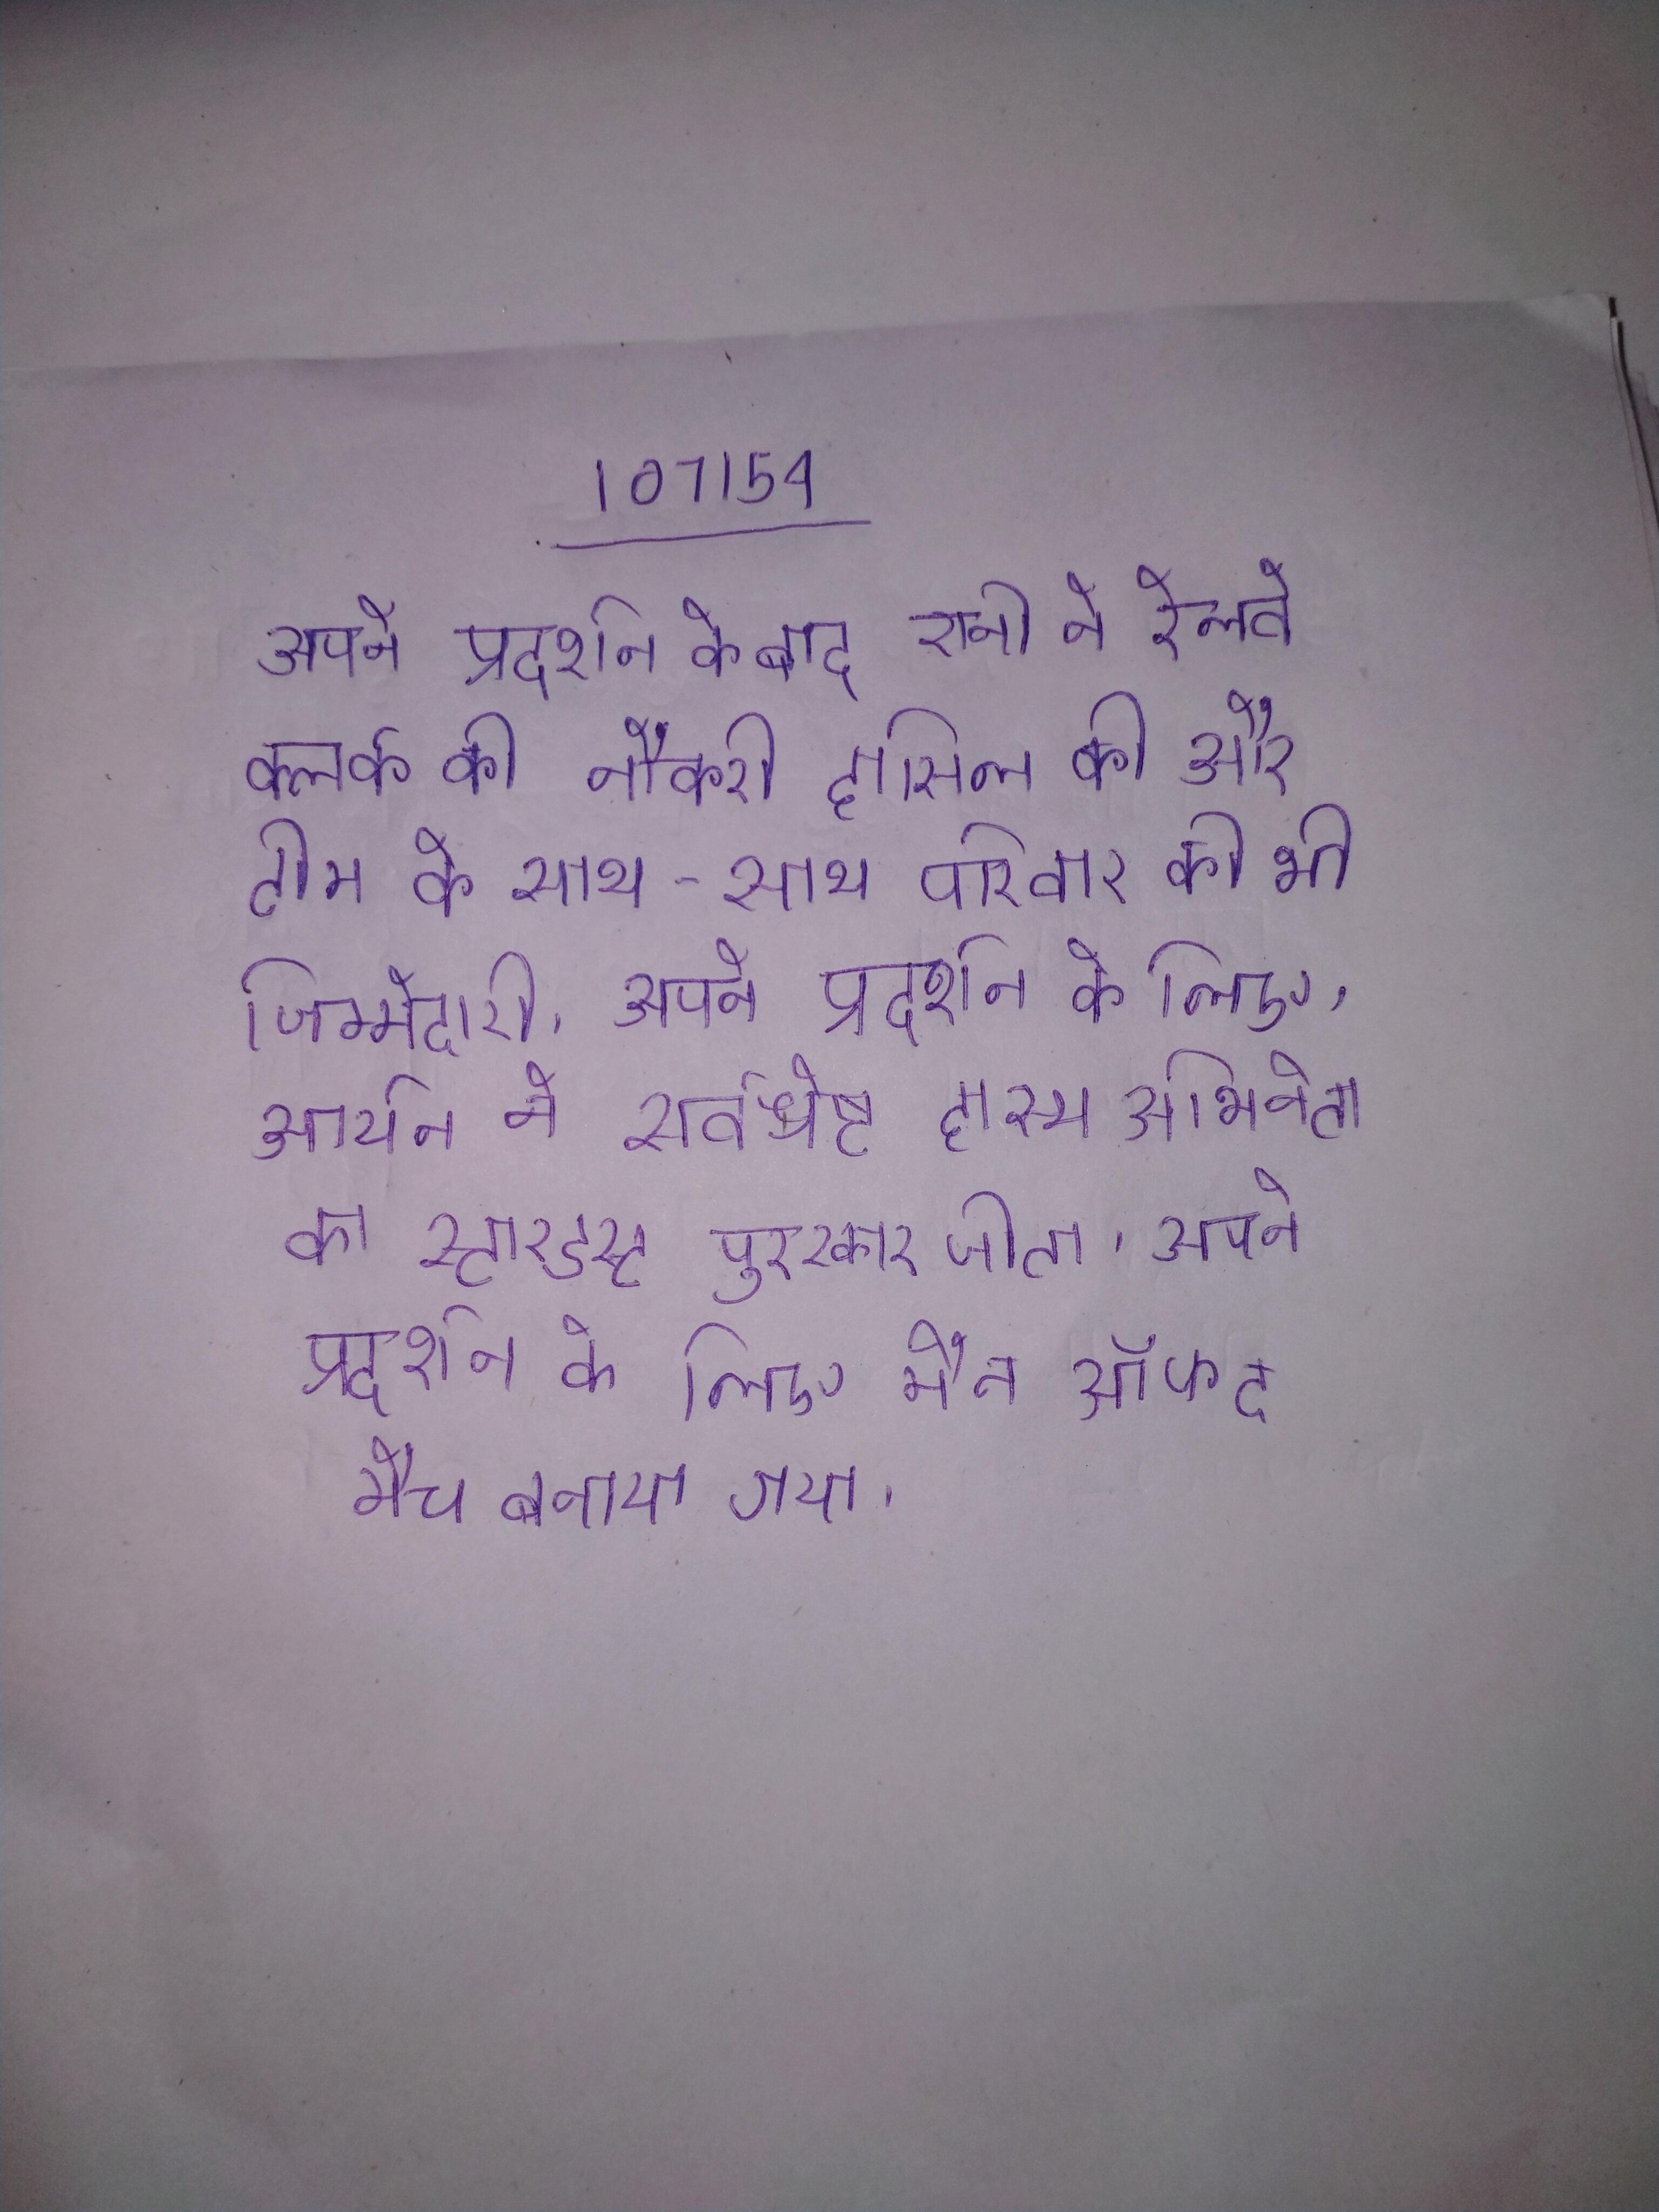
अपने प्रदर्शन के बाद रानी ने रेलवे क्लर्क की नौकरी हासिल की और टीम के साथ-साथ परिवार की भी जिम्मेदारी । अपने प्रदर्शन के लिए, आर्यन ने सर्वश्रेष्ठ हास्य अभिनेता का स्टारडस्ट पुरस्कार जीता । अपने प्रदर्शन के लिए मैन ऑफ द मैच बनाया गया ।